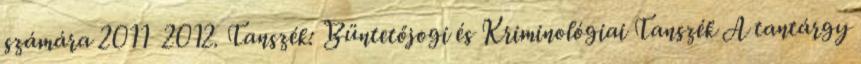
számára 2011 2012. Tanszék: Büntetőjogi és Kriminológiai Tanszék A tantárgy